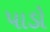
પાડો